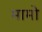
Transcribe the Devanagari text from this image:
मामो